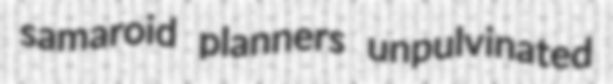
samaroid planners unpulvinated